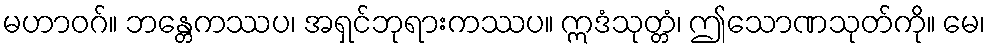
မဟာဝဂ်။ ဘန္တေကဿပ၊ အရှင်ဘုရားကဿပ။ ဣဒံသုတ္တံ၊ ဤသောဏသုတ်ကို။ မေ၊